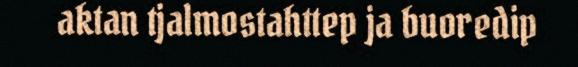
aktan tjalmostahttep ja buoredip